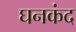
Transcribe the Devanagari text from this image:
घनकंद